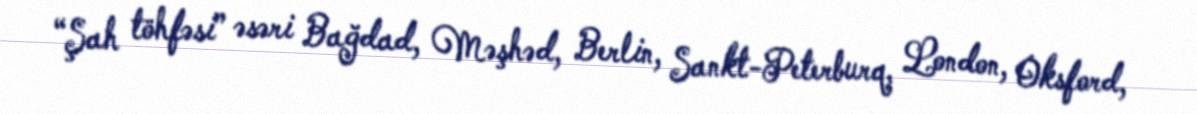
“Şah töhfəsi” əsəri Bağdad, Məşhəd, Berlin, Sankt-Peterburq, London, Oksford,